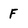
Character: F